Annual administration and progress report of the Indian Medical Department, Bombay
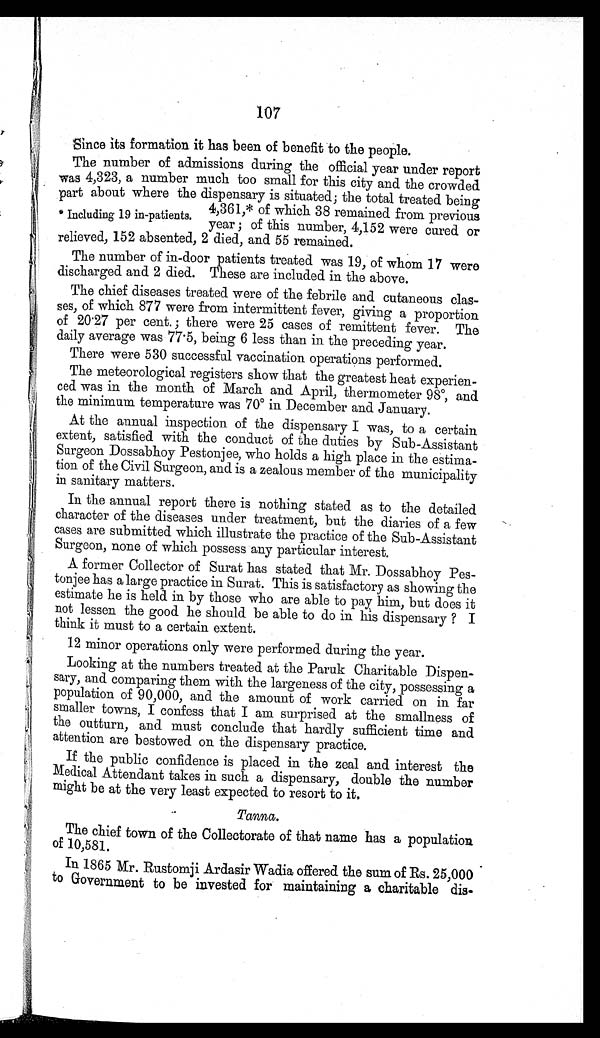
107
Since its formation it has been of benefit to the people.
The number of admissions during the official year under report
was 4,323, a number much too small for this city and the crowded
part about where the dispensary is situated; the total treated being
4,361,* of which 38 remained from previous
year; of this number, 4,152 were cured or
relieved, 152 absented, 2 died, and 55 remained.
The number of in-door patients treated was 19, of whom 17 were
discharged and 2 died. These are included in the above.
The chief diseases treated were of the febrile and cutaneous clas-
ses, of which 877 were from intermittent fever, giving a proportion
of 20.27 per cent.; there were 25 cases of remittent fever. The
daily average was 77.5, being 6 less than in the preceding year.
There were 530 successful vaccination operations performed.
The meteorological registers show that the greatest heat experien-
ced was in the month of March and April, thermometer 98º, and
the minimum temperature was 70º in December and January.
At the annual inspection of the dispensary I was, to a certain
extent, satisfied with the conduct of the duties by Sub-Assistant
Surgeon Dossabhoy Pestonjee, who holds a high place in the estima-
tion of the Civil Surgeon, and is a zealous member of the municipality
in sanitary matters.
In the annual report there is nothing stated as to the detailed
character of the diseases under treatment, but the diaries of a few
cases are submitted which illustrate the practice of the Sub-Assistant
Surgeon, none of which possess any particular interest.
A former Collector of Surat has stated that Mr. Dossabhoy Pes-
tonjee has a large practice in Surat. This is satisfactory as showing the
estimate he is held in by those who are able to pay him, but does it
not lessen the good he should be able to do in his dispensary? I
think it must to a certain extent.
12 minor operations only were performed during the year.
Looking at the numbers treated at the Paruk Charitable Dispen-
sary, and comparing them with the largeness of the city, possessing a
population of 90,000, and the amount of work carried on in far
smaller towns, I confess that I am surprised at the smallness of
the outturn, and must conclude that hardly sufficient time and
attention are bestowed on the dispensary practice.
If the public confidence is placed in the zeal and interest the
Medical Attendant takes in such a dispensary, double the number
might be at the very least expected to resort to it.
Tanna.
The chief town of the Collectorate of that name has a population
of 10,581.
In 1865 Mr. Rustomji Ardasir Wadia offered the sum of Rs. 25,000
to Government to be invested for maintaining a charitable dis-
* Including 19 in-patients.